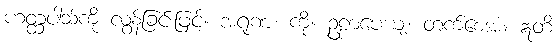
ဟတ္ထပါသ်ကို လွန်ခြင်းဖြင့်။ အရုဏံ၊ ကို။ ဥဠာပေယျ၊ တက်စေအံ့။ ဣတိ